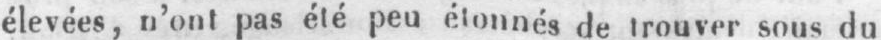
élevées, n’ont pas été peu étonnés de trouver sous du